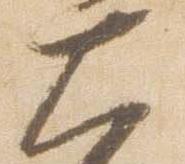
大